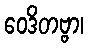
ဝေဒိတဗ္ဗာ၊